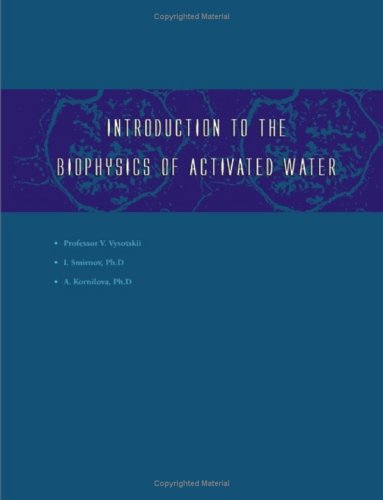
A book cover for Introduction to the Biophysics of Activated Water; Igor V Smirnov; Science & Math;